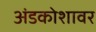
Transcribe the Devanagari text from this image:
अंडकोशावर